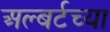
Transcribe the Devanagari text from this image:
अल्बर्टच्या